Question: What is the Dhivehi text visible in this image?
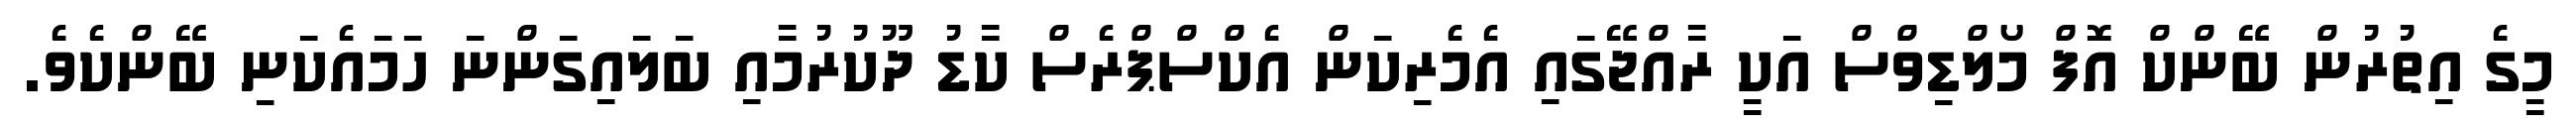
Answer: މީގެ އިތުރުން ބޭންކް އޮފް މޯލްޑިވްސް އަކީ ރާއްޖޭގައި އެމެރިކަން އެކްސްޕްރެސް ކާޑު ދޫކުރުމާއި ބަލައިގަންނަ ހަމައެކަނި ބޭންކެވެ.